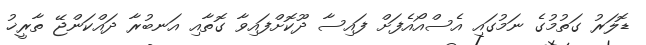
ޑޮލަރު ގަތުމުގެ ނަމުގައި އެސްއޯއެފަށް ފައިސާ ދޫކޮށްފައިވާ ގޮތާއި އަނބުރާ ދައްކަންޖޭ ތާރީޚު